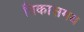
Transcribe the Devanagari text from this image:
विकासमय